Cholera in southern India
Disease focus: Cholera
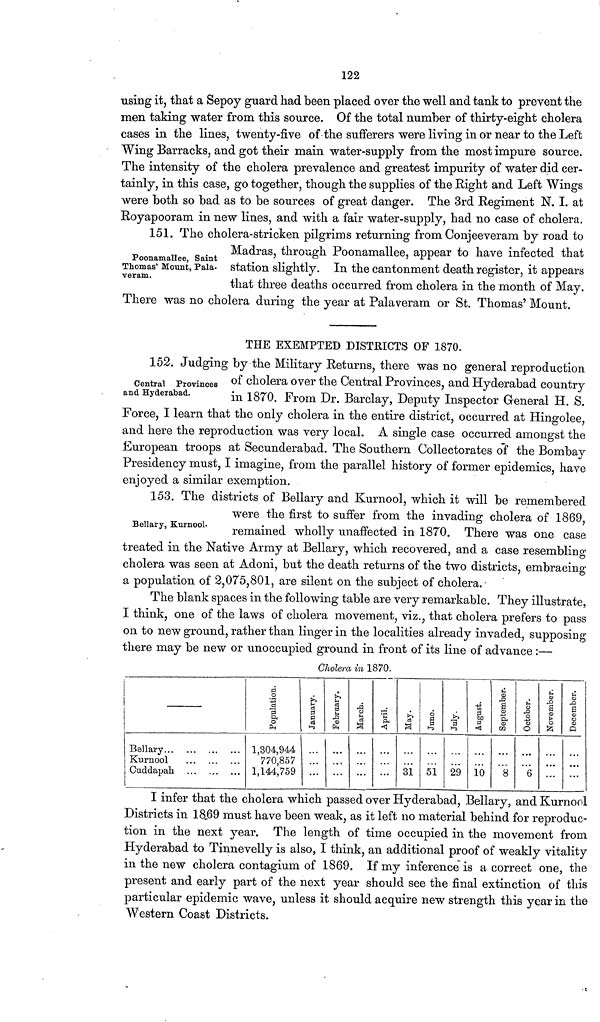
122
using it, that a Sepoy guard had been placed over the well and tank to prevent the
men taking water from this source. Of the total number of thirty-eight cholera
cases in the lines, twenty-five of the sufferers were living in or near to the Left
Wing Barracks, and got their main water-supply from the most impure source.
The intensity of the cholera prevalence and greatest impurity of water did cer-
tainly, in this case, go together, though the supplies of the Right and Left Wings
were both so bad as to be sources of great danger. The 3rd Regiment N. I. at
Royapooram in new lines, and with a fair water-supply, had no case of cholera.
151. The cholera-stricken pilgrims returning from Conjeeveram by road to
Poonamallee, Saint
Thomas' Mount, Pala-
veram.
Madras, through Poonamallee, appear to have infected that
station slightly. In the cantonment death register, it appears
that three deaths occurred from cholera in the month of May.
There was no cholera during the year at Palaveram or St. Thomas' Mount.
THE EXEMPTED DISTRICTS OF 1870.
152. Judging by the Military Returns, there was no general reproduction
Central Provinces
and Hyderabad.
of cholera over the Central Provinces, and Hyderabad country
in 1870. From Dr. Barclay, Deputy Inspector General H. S.
Force, I learn that the only cholera in the entire district, occurred at Hingolee,
and here the reproduction was very local. A single case occurred amongst the
European troops at Secunderabad. The Southern Collectorates of the Bombay
Presidency must, I imagine, from the parallel history of former epidemics, have
enjoyed a similar exemption.
153. The districts of Bellary and Kurnool, which it will be remembered
Bellary, Kurnool.
were the first to suffer from the invading cholera of 1869,
remained wholly unaffected in 1870. There was one case
treated in the Native Army at Bellary, which recovered, and a case resembling
cholera was seen at Adoni, but the death returns of the two districts, embracing
a population of 2,075,801, are silent on the subject of cholera.-
The blank spaces in the following table are very remarkable. They illustrate,
I think, one of the laws of cholera movement, viz., that cholera prefers to pass
on to new ground, rather than linger in the localities already invaded, supposing
there may be new or unoccupied ground in front of its line of advance :—
Cholera in 1870.
Bellary
Kurnool
Cuddapah
Population.
1,304,944
770,857
1,144,759
January.
February,
March.
April.
May.
31
June.
51
July.
29
August.
10
September.
8
October.
6
November
...
December.
I infer that the cholera which passed over Hyderabad, Bellary, and Kurnool
Districts in 1869 must have been weak, as it left no material behind for reproduc-
tion in the next year. The length of time occupied in the movement from
Hyderabad to Tinnevelly is also, I think, an additional proof of weakly vitality
in the new cholera contagium of 1869. If my inference is a correct one, the
present and early part of the next year should see the final extinction of this
particular epidemic wave, unless it should acquire new strength this year in the
Western Coast Districts.